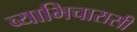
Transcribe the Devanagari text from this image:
व्याभिचारासी